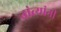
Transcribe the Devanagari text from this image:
तांत्यांनी